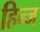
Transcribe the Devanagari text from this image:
हिन्ज